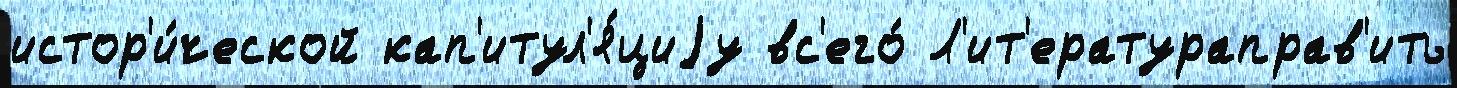
истор'и́ческой кап'итул'я́циjу вс'его́ Л'ит'ератураправ'ить